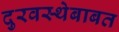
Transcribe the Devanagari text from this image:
दुरवस्थेबाबत